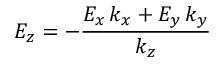
E _ { z } = - \frac { E _ { x } \, k _ { x } + E _ { y } \, k _ { y } } { k _ { z } }